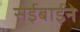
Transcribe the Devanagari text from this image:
सईबाईने